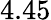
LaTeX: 4.45